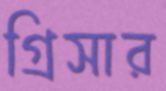
গ্রিসার